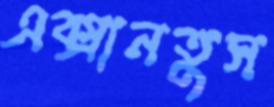
এক্সানতুস